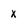
Character: x